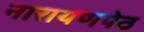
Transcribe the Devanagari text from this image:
नारायणपेठ